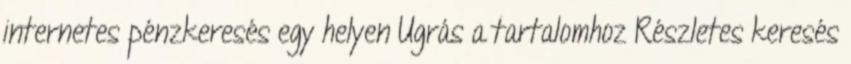
internetes pénzkeresés egy helyen Ugrás a tartalomhoz Részletes keresés